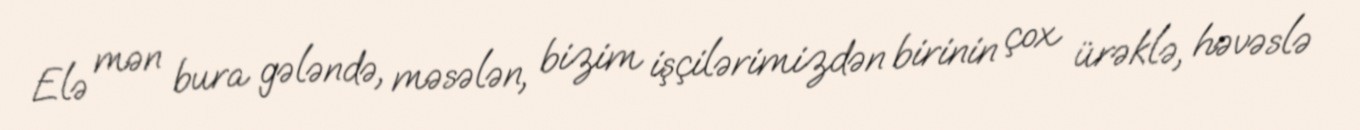
Elə mən bura gələndə, məsələn, bizim işçilərimizdən birinin çox ürəklə, həvəslə